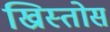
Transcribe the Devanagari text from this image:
ख्रिस्‍तोस